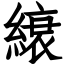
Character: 縗